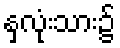
နှလုံးသား၌